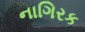
નાગિરક